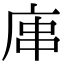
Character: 𢈢